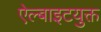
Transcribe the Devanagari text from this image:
ऐल्बाइटयुक्त